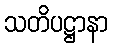
သတိပဋ္ဌာနာ